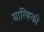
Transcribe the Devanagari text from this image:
बाल्हिकी